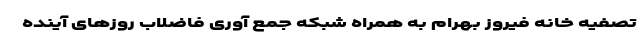
تصفیه خانه فیروز بهرام به همراه شبکه جمع آوری فاضلاب روزهای آینده